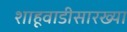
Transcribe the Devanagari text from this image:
शाहूवाडीसारख्या